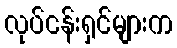
လုပ်ငန်းရှင်များက